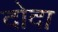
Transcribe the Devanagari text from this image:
दोदा